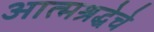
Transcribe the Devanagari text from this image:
आत्मश्रद्धेचे